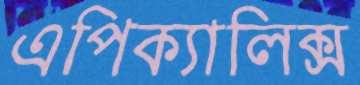
এপিক্যালিক্স